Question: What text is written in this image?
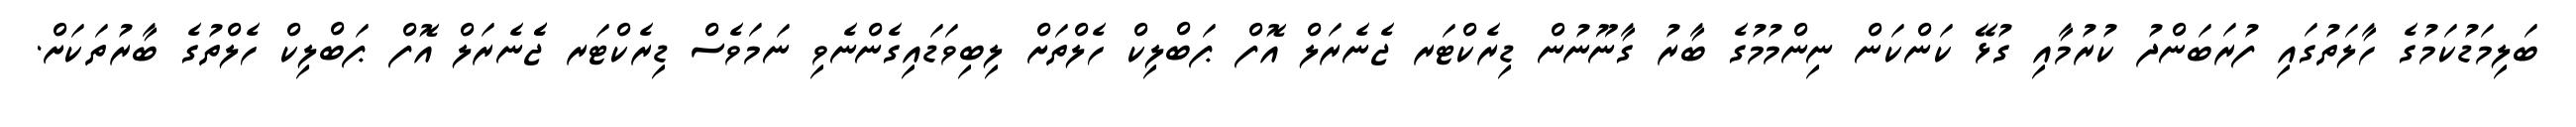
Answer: ބަލިމަޑުކަމުގެ ހާލަތުގައި ފުރަބަންދު ކުރުމާއި ގުޅޭ ކަންކަން ނިންމުމުގެ ބާރު ގާނޫނުން ޑިރެކްޓަރ ޖެނެރަލް އޮފް ޕަބްލިކް ހެލްތަށް ލިބިވަޑައިގެންނެވި ނަމަވެސް ޑިރެކްޓަރ ޖެެނެރަލް އޮފް ޕަބްލިކް ހެލްތުގެ ބާރުތަކަށް.